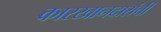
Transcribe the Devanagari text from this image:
कारखानदारांची